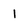
Character: 1